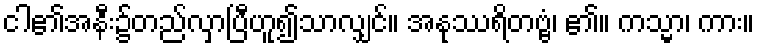
ငါ၏အနီး၌တည်လှာပြီဟူ၍သာလျှင်။ အနုဿရိတဗ္ဗံ၊ ၏။ ကသ္မာ၊ ကား။